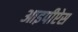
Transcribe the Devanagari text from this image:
आइपीऐस